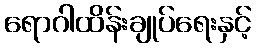
ရောဂါထိန်းချုပ်ရေးနှင့်